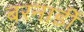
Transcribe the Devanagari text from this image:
बरनार्डी